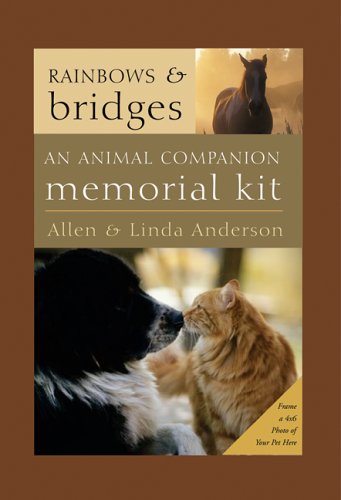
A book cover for Rainbows and Bridges: An Animal Companion Memorial Kit; Allen Anderson; Crafts, Hobbies & Home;